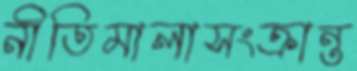
নীতিমালাসংক্রান্ত